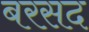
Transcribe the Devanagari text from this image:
बरसद